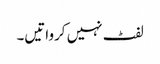
لفٹ نہیں کرواتیں۔